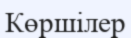
Көршілер